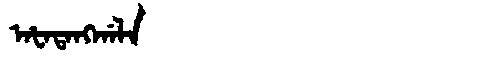
Manchu: ᠠᡶᠠᡨᠠᠩᡤᠠᠯᠠ
Romanization: AFATANGGALA